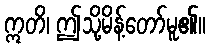
ဣတိ၊ ဤသို့မိန့်တော်မူ၏။